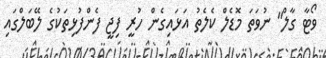
ވޯޓާ ގާލް" ނުވަތަ މޮޑެލް ކެލެތު އަޅައިގެން ހުރީ ފިޖީ ފެންފުޅިތަކުގެ ލޭބަލްގައި